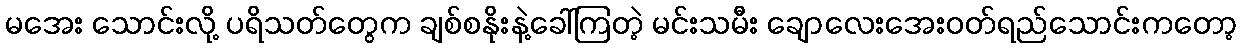
မအေး သောင်းလို့ ပရိသတ်တွေက ချစ်စနိုးနဲ့ခေါ်ကြတဲ့ မင်းသမီး ချောလေးအေးဝတ်ရည်သောင်းကတော့